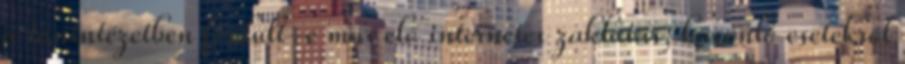
a tanintézetben fordult-e már elő internetes zaklatás, hasonló esetekről